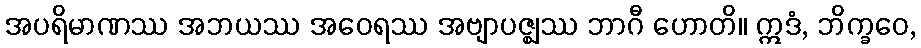
အပရိမာဏဿ အဘယဿ အဝေရဿ အဗျာပဇ္ဈဿ ဘာဂီ ဟောတိ။ ဣဒံ, ဘိက္ခဝေ,